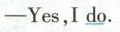
─Yes,I do.